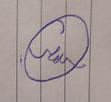
Signature authenticity: forged